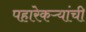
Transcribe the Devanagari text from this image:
पहारेकऱ्यांची